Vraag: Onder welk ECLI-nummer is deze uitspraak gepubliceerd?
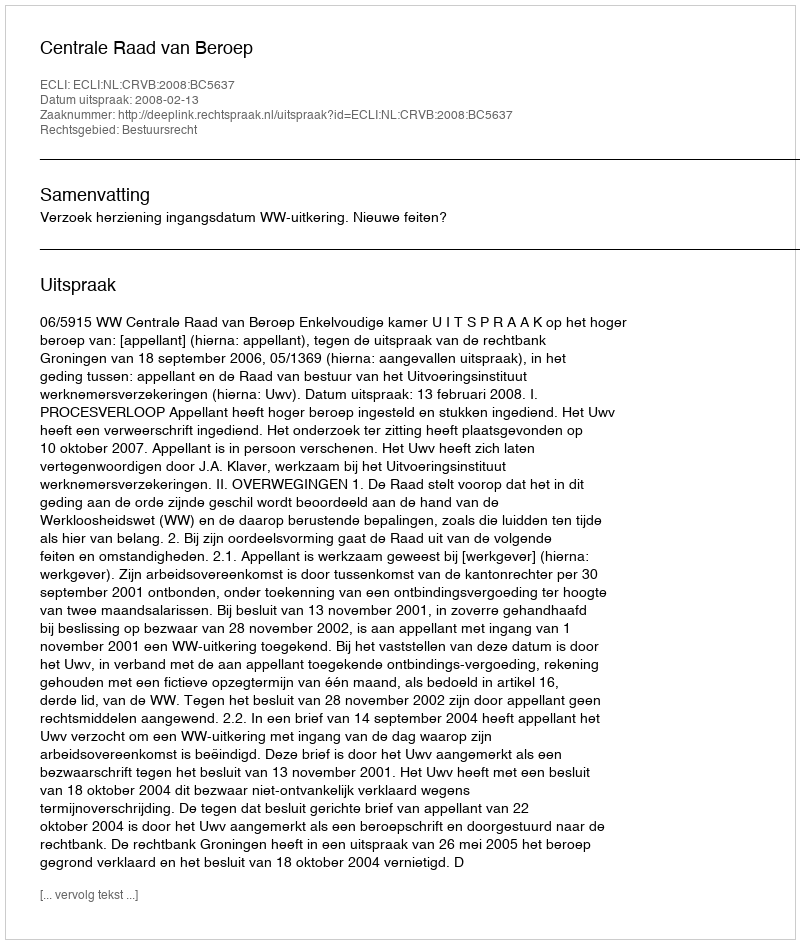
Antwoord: ECLI:NL:CRVB:2008:BC5637